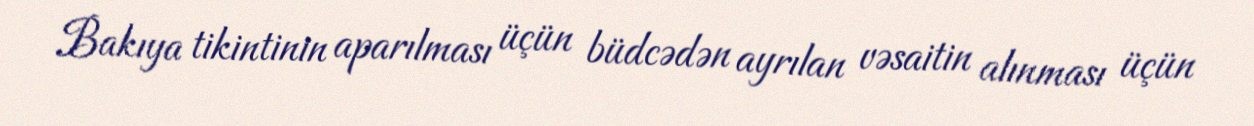
Bakıya tikintinin aparılması üçün büdcədən ayrılan vəsaitin alınması üçün